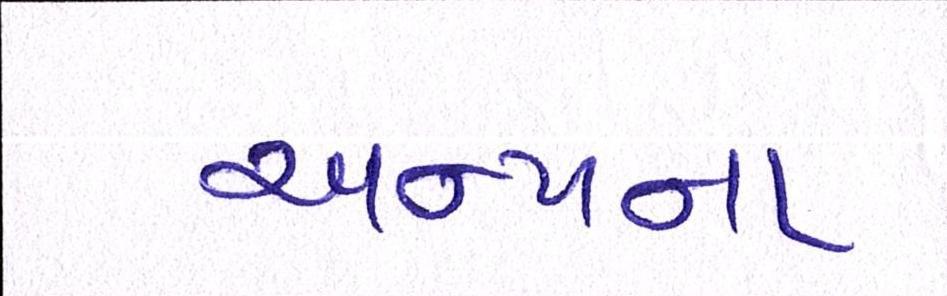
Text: અન્યના